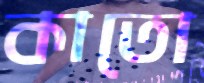
কাতো